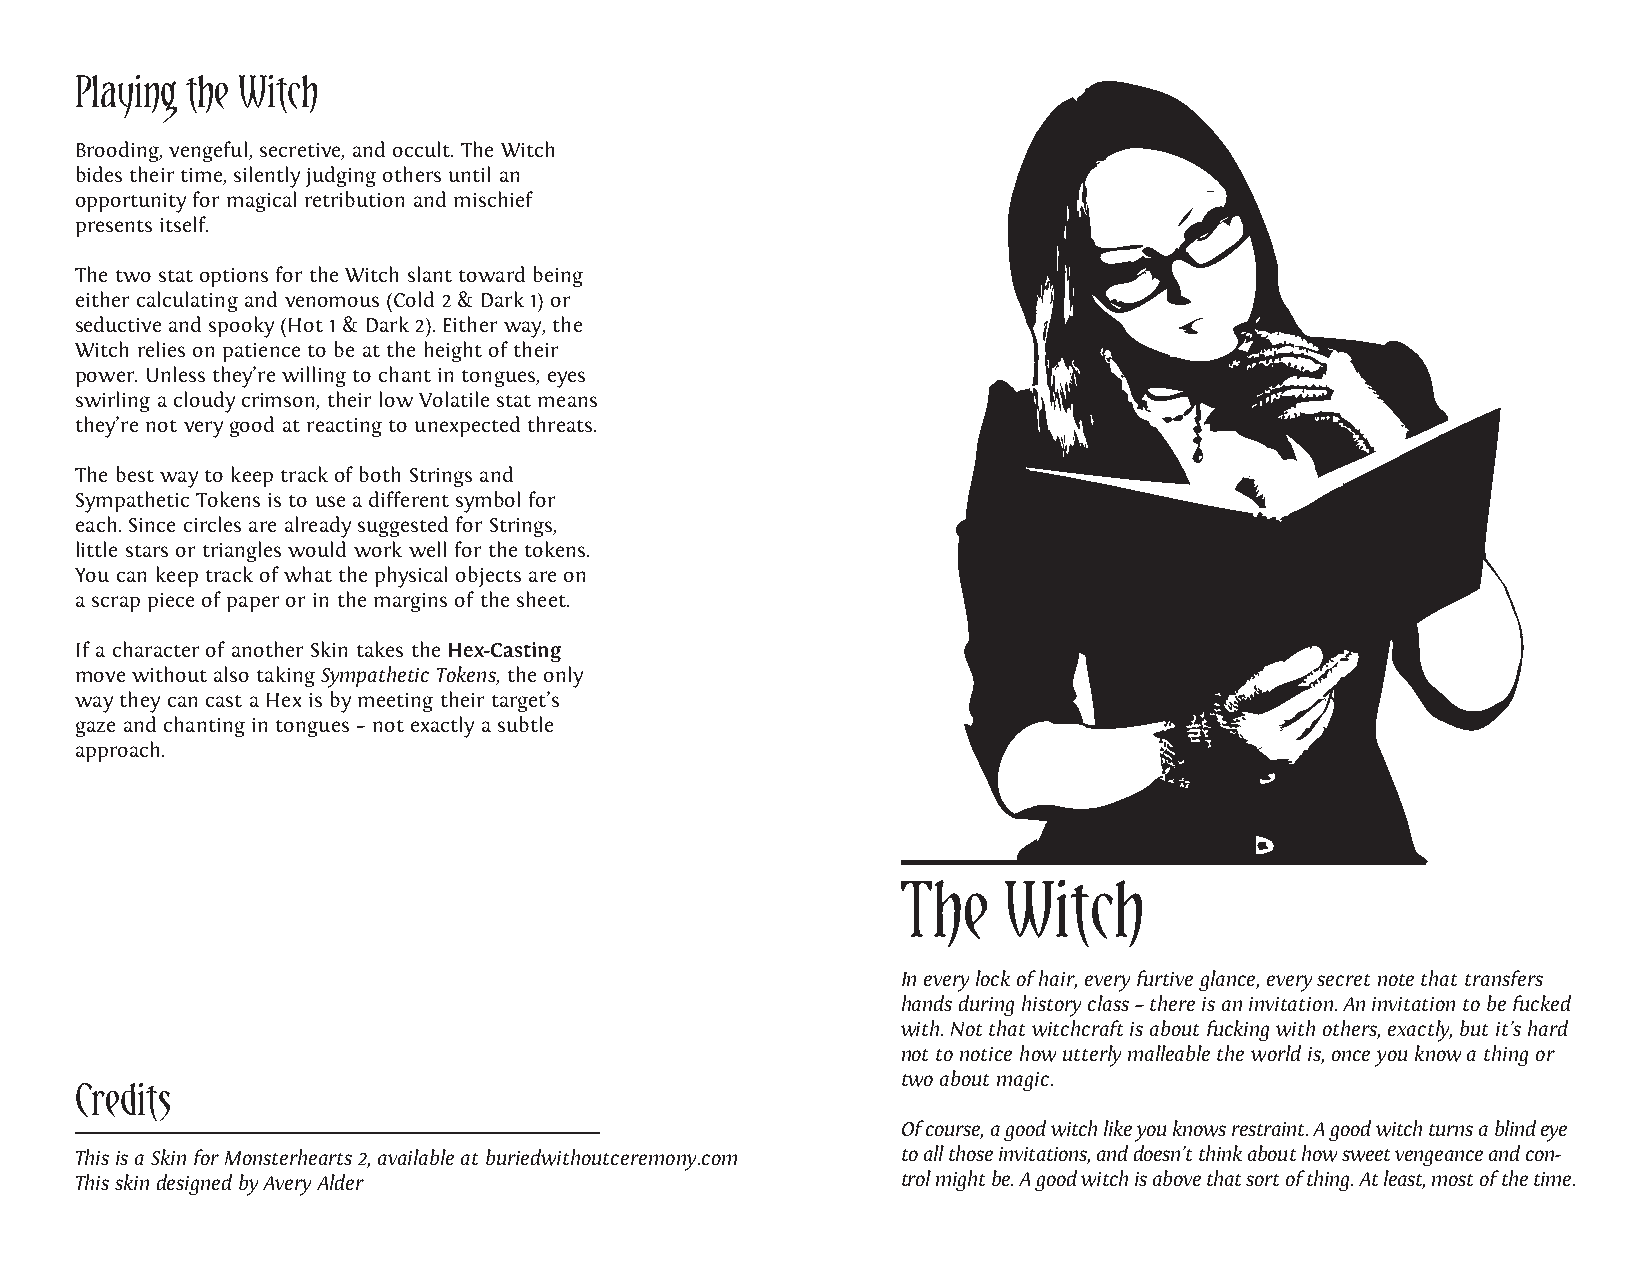
Playing the Witch
 Brooding, vengeful, secretive, and occult. The Witch
 bides their time, silently judging others until an
 opportunity for magical retribution and mischief
 presents itself.
 The two stat options for the Witch slant toward being
 either calculating and venomous (Cold 2 & Dark 1) or
 seductive and spooky (Hot 1 & Dark 2). Either way, the
 Witch relies on patience to be at the height of their
 power. Unless they’re willing to chant in tongues, eyes
 swirling a cloudy crimson, their low Volatile stat means
 they’re not very good at reacting to unexpected threats.
 The best way to keep track of both Strings and
 Sympathetic Tokens is to use a different symbol for
 each. Since circles are already suggested for Strings,
 little stars or triangles would work well for the tokens.
 You can keep track of what the physical objects are on
 a scrap piece of paper or in the margins of the sheet.
 If a character of another Skin takes the Hex-Casting
 move without also taking Sympathetic Tokens, the only
 way they can cast a Hex is by meeting their target’s
 gaze and chanting in tongues – not exactly a subtle
 approach.
 The   Witch
 In every lock of hair, every furtive glance, every secret note that transfers
 hands during history class – there is an invitation. An invitation to be fucked
 with. Not that witchcraft is about fucking with others, exactly, but it’s hard
 not to notice how utterly malleable the world is, once you know a thing or
 two about magic.
 Credits
 Of course, a good witch like you knows restraint. A good witch turns a blind eye
 This is a Skin for Monsterhearts 2, available at buriedwithoutceremony.com to all those invitations, and doesn’t think about how sweet vengeance and con-
 This skin designed by Avery Alder                      trol might be. A good witch is above that sort of thing. At least, most of the time.